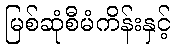
မြစ်ဆုံစီမံကိန်းနှင့်